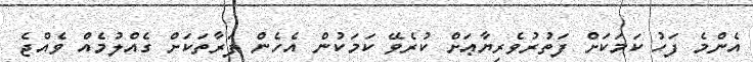
އެންމެ ފަހު ކަމަކަށް ފަތުރުވެރިޔާޢަށް ކުރެވޭ ކަމަކުން އެހެން ފަރާތަކަށް ގެއްލުމެއް ވެއްޖެ